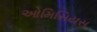
ઓમિસિયસ